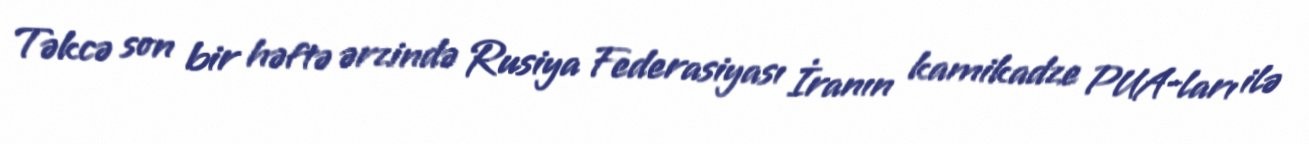
Təkcə son bir həftə ərzində Rusiya Federasiyası İranın kamikadze PUA-ları ilə